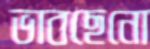
ভাবছেনো